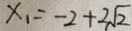
x _ { 1 } = - 2 + 2 \sqrt { 2 }